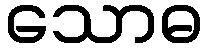
သောဓ